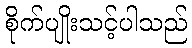
စိုက်ပျိုးသင့်ပါသည်